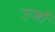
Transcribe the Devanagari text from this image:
उर्जो